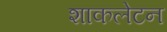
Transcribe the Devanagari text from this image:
शाकलेटन